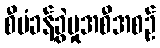
စီမံခန့်ခွဲမှုအစီအစဉ်